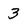
Character: 3